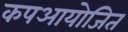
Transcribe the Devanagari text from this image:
कपआयोजित